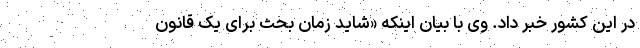
در این کشور خبر داد. وی با بیان اینکه «شاید زمان بحث برای یک قانون